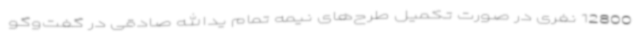
12800 نفری در صورت تکمیل طرح‌های نیمه تمام یدالله صادقی در گفت‌وگو